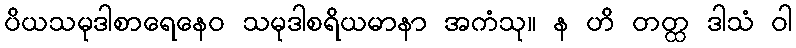
ပိယသမုဒါစာရေနေဝ သမုဒါစရိယမာနာ အကံသု။ န ဟိ တတ္ထ ဒါသံ ဝါ